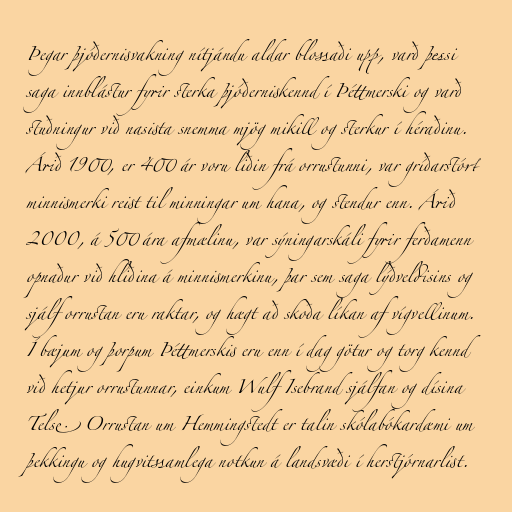
Þegar þjóðernisvakning nítjándu aldar blossaði upp, varð þessi
saga innblástur fyrir sterka þjóðerniskennd í Þéttmerski og varð
stuðningur við nasista snemma mjög mikill og sterkur í héraðinu.
Árið 1900, er 400 ár voru liðin frá orrustunni, var gríðarstórt
minnismerki reist til minningar um hana, og stendur enn. Árið
2000, á 500 ára afmælinu, var sýningarskáli fyrir ferðamenn
opnaður við hliðina á minnismerkinu, þar sem saga lýðveldisins og
sjálf orrustan eru raktar, og hægt að skoða líkan af vígvellinum.
Í bæjum og þorpum Þéttmerskis eru enn í dag götur og torg kennd
við hetjur orrustunnar, einkum Wulf Isebrand sjálfan og dísina
Telse. Orrustan um Hemmingstedt er talin skólabókardæmi um
þekkingu og hugvitssamlega notkun á landsvæði í herstjórnarlist.